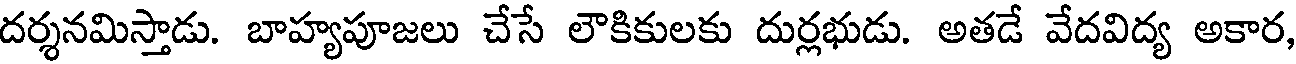
దర్శనమిస్తాడు. బాహ్యపూజలు చేసే లౌకికులకు దుర్లభుడు. అతడే వేదవిద్య అకార